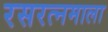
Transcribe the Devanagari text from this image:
रसरत्नमाला